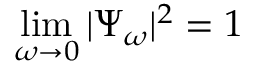
\operatorname * { l i m } _ { \omega \to 0 } | \Psi _ { \omega } | ^ { 2 } = 1